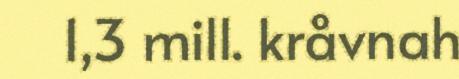
1,3 mill. kråvnah